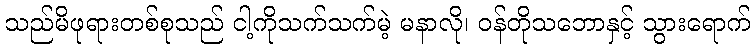
သည်မိဖုရားတစ်စုသည် ငါ့ကိုသက်သက်မဲ့ မနာလို၊ ဝန်တိုသဘောနှင့် သွားရောက်